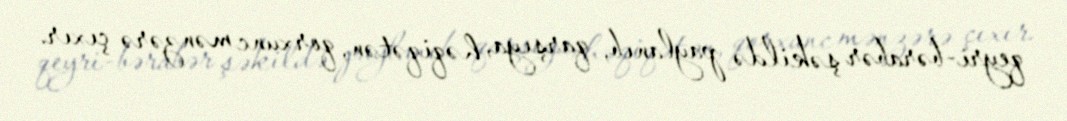
qeyri-bərabər şəkildə paylanıb, qarşıya, həqiqətən, qorxunc mənzərə çıxır.